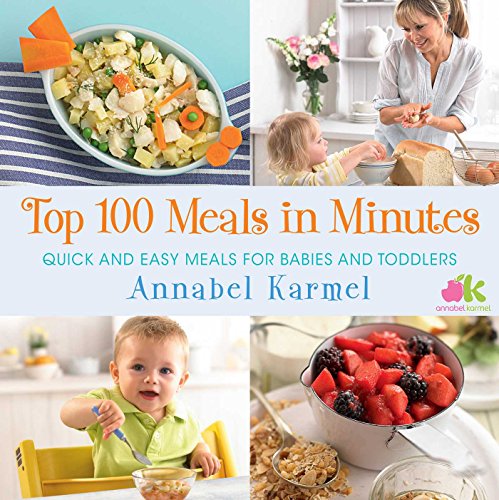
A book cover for Top 100 Meals in Minutes: Quick and Easy Meals for Babies and Toddlers; Annabel Karmel; Cookbooks, Food & Wine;